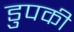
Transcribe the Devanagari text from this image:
डुपकी